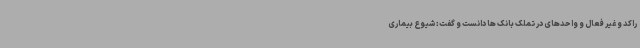
راکد و غیر فعال و واحدهای در تملک بانک ها دانست و گفت: شیوع بیماری